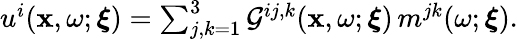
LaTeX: \begin{array}{r}{u^{i}(\mathbf{x},\omega;\boldsymbol{\xi})=\sum_{j,k=1}^{3}\mathcal{G}^{ij,k}(\mathbf{x},\omega;\boldsymbol{\xi})\, m^{jk}(\omega;\boldsymbol{\xi}).}\end{array}